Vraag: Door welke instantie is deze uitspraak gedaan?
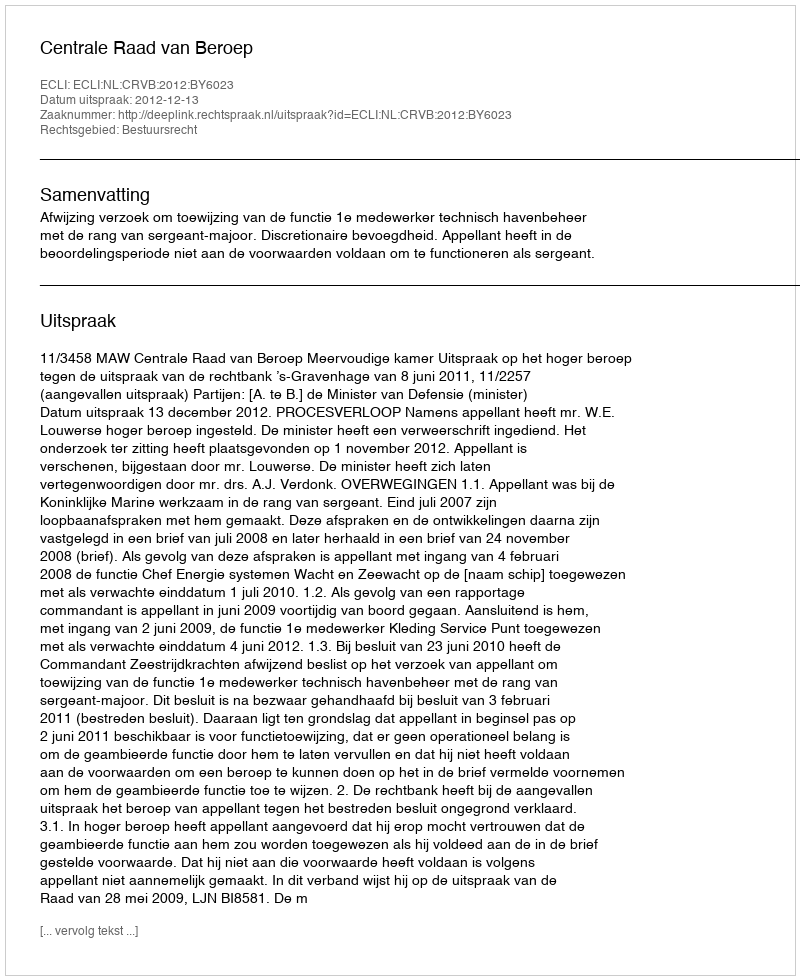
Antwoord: Centrale Raad van Beroep